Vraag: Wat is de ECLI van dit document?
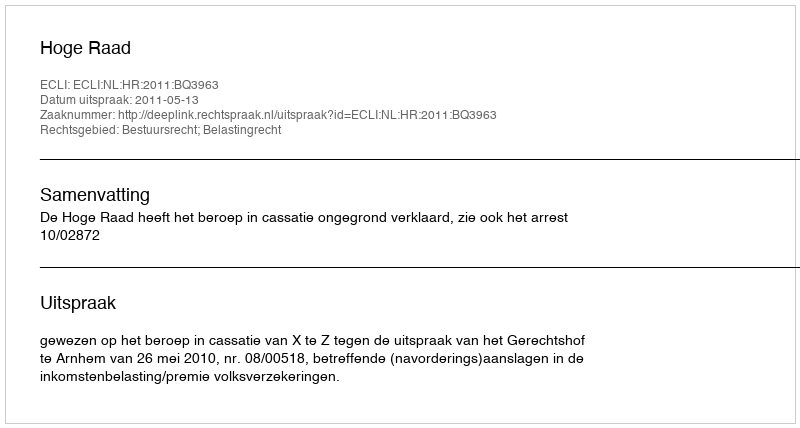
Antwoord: ECLI:NL:HR:2011:BQ3963